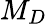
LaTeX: M_{D}